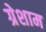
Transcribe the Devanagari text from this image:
ग्रेशाम